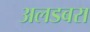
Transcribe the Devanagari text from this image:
अलडबरा